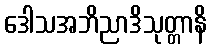
ဒေါသအဘိညာဒိသုတ္တာနိ